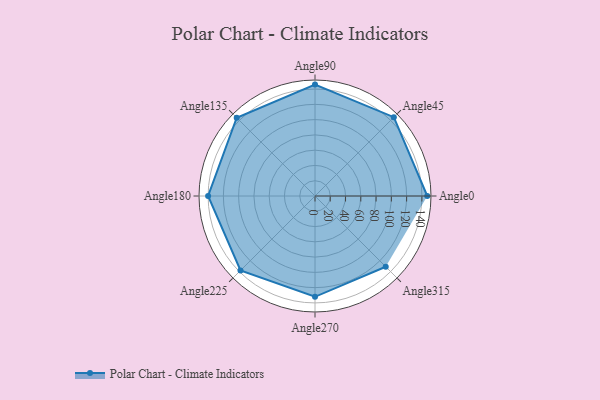
{"axis": {"x": "Angle", "y": "Radius"}, "legend": [""], "data": [{"x": "Angle0", "y": 147.0, "type": ""}, {"x": "Angle45", "y": 146.0, "type": ""}, {"x": "Angle90", "y": 146.0, "type": ""}, {"x": "Angle135", "y": 145.0, "type": ""}, {"x": "Angle180", "y": 140.0, "type": ""}, {"x": "Angle225", "y": 138.0, "type": ""}, {"x": "Angle270", "y": 132.0, "type": ""}, {"x": "Angle315", "y": 131.0, "type": ""}]}